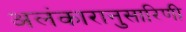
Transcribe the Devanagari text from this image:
अलंकारानुसारिणी